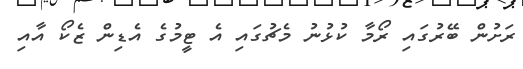
ރަށުން ބޭރުގައި ރޯމާ ކުޅުނު މެޗުގައި އެ ޓީމުގެ އެޑިން ޒެކޯ އާއި